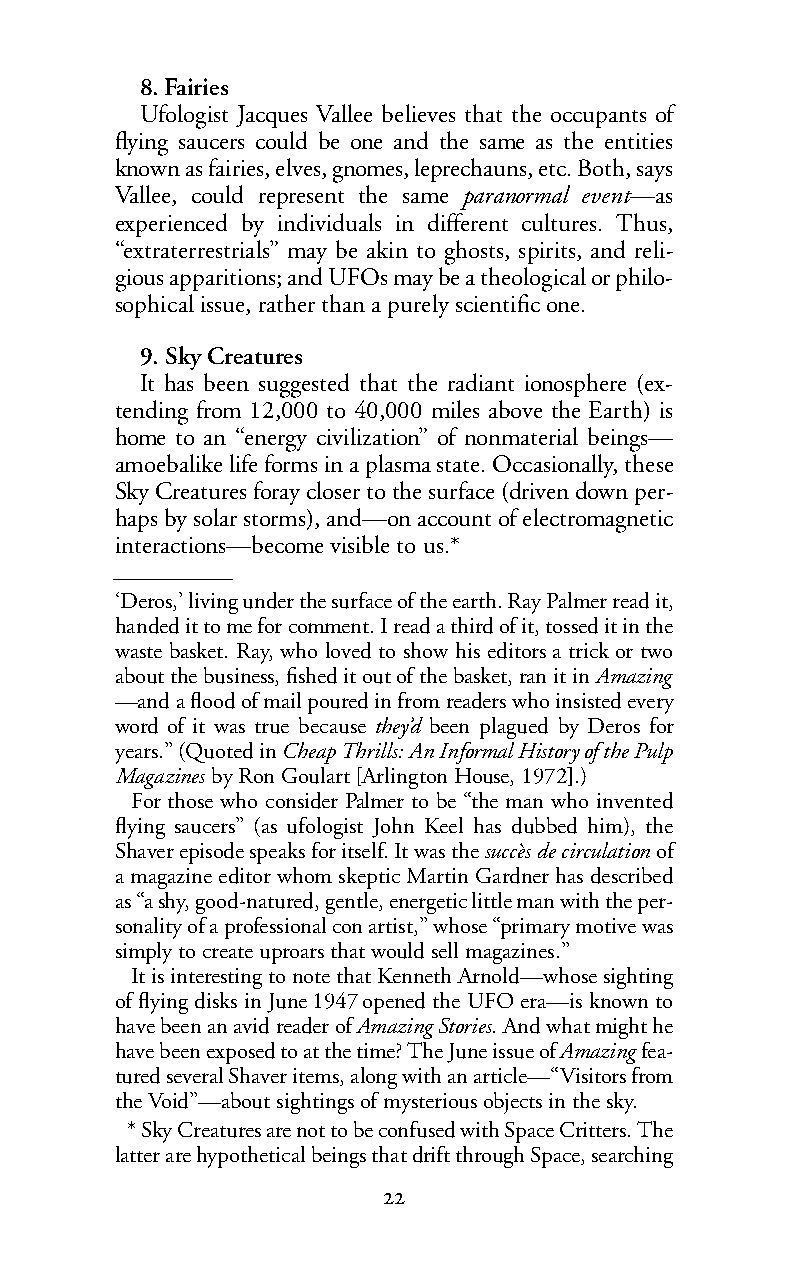
8. Fairies
 Ufologist Jacques Vallee believes that the occupants of
 flying saucers could be one and the same as the entities
 known as fairies, elves, gnomes, leprechauns, etc. Both, says
 Vallee, could represent the same paranormal event—as
 experienced by individuals in different cultures. Thus,
 “extraterrestrials” may be akin to ghosts, spirits, and reli-
 gious apparitions; and UFOs may be a theological or philo-
 sophical issue, rather than a purely scientific one.
 9. Sky Creatures
 It has been suggested that the radiant ionosphere (ex-
 tending from 12,000 to 40,000 miles above the Earth) is
 home to an “energy civilization” of nonmaterial beings—
 amoebalike life forms in a plasma state. Occasionally, these
 Sky Creatures foray closer to the surface (driven down per-
 haps by solar storms), and—on account of electromagnetic
 interactions—becomevisible to us.*
 ‘Deros,’ living under the surface of the earth. Ray Palmer read it,
 handed it to me for comment. I read a third of it, tossed it in the
 waste basket. Ray, who loved to show his editors a trick or two
 aboutthebusiness, fished it out of the basket, ran it inAmazing
 —and a flood of mail poured in from readers who insisted every
 word of it was true because they’d been plagued by Deros for
 years.” (Quoted inCheap Thrills: An Informal History of the Pulp
 Magazines byRonGoulart[ArlingtonHouse, 1972].)
 For those who consider Palmer to be “the man who invented
 flying saucers” (as ufologist John Keel has dubbed him), the
 Shaverepisodespeaks foritself.It was thesuccès decirculation of
 a magazine editor whom skeptic Martin Gardner has described
 as “ashy, good-natured, gentle, energetic little man with the per-
 sonality ofaprofessional conartist,” whose “primary motive was
 simply to create uproars that would sell magazines.”
 It is interesting to note that Kenneth Arnold—whose sighting
 offlying disks in June1947opened the UFO era—is known to
 havebeen an avid reader ofAmazing Stories. Andwhat might he
 have been exposed to at the time? The June issue ofAmazingfea-
 tured several Shaver items, along with an article—“Visitors from
 theVoid”—about sightings of mysterious objects in the sky.
 *Sky Creatures are not to be confused with Space Critters. The
 latter arehypothetical beings that drift through Space, searching
 